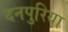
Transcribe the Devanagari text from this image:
दनपुरिया